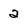
Character: 2